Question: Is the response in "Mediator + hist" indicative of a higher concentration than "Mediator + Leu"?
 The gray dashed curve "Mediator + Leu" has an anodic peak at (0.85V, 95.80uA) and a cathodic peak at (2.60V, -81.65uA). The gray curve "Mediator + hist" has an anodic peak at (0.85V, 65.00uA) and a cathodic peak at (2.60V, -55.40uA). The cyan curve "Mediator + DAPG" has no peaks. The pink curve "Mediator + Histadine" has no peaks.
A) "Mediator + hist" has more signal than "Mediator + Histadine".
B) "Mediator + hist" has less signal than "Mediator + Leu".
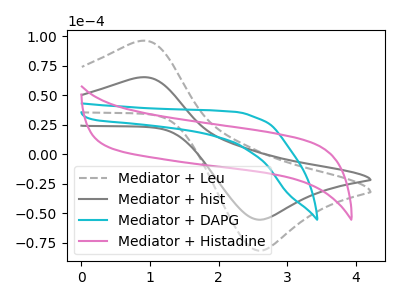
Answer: <think>All the peaks in "Mediator + hist" have a peak in "Mediator + Leu" at the same potential. Every peak in "Mediator + hist" is lower than every peak in "Mediator + Leu".
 </think>
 <answer>B) "Mediator + hist" has less signal than "Mediator + Leu".</answer>
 <eval>B</eval>